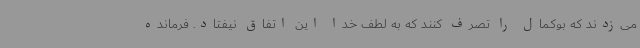
می‌زدند که بوکمال را تصرف کنند که به لطف خدا این اتفاق نیفتاد. فرمانده